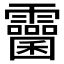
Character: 𩆻